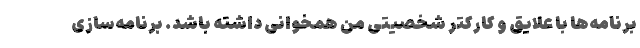
برنامه‌ها با علایق و کارکتر شخصیتی من همخوانی داشته باشد. برنامه‌سازی